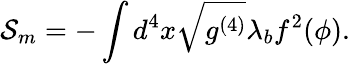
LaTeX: {\cal S}_{m}=-\int d^{4}x\sqrt{g^{(4)}}\lambda_{b}f^{2}(\phi).